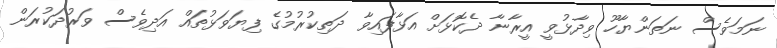
ނަމަވެސް ނަތަންޔާހޫ ވިދާޅުވީ އީރާނާ ދެކޮޅަށް އަޅާފައިވާ ދަތިކުރުމުގެ ފިޔަވަޅުތައް އަދިވެސް ވަރުދަކުރަން